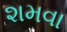
શમવા